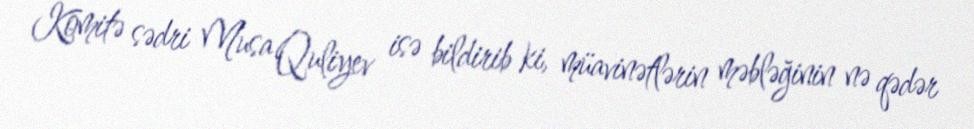
Komitə sədri Musa Quliyev isə bildirib ki, müavinətlərin məbləğinin nə qədər